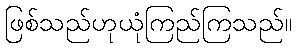
ဖြစ်သည်ဟုယုံကြည်ကြသည်။